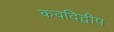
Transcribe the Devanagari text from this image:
कवदिद्वीप